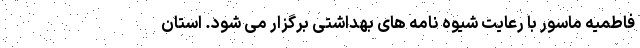
فاطمیه ماسور با رعایت شیوه نامه های بهداشتی برگزار می شود. استان